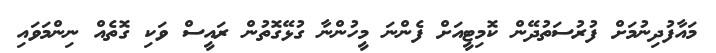
މައާފުދިނުމަށް ފުރުސަތުދޭން ކޮމިޓީއަށް ފެންނަ މީހުންނާ ގުޅޭގޮތުން ރައީސް ވަކި ގޮތެއް ނިންމަވައި